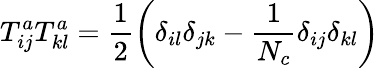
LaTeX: T_{ij}^{a}T_{kl}^{a}=\frac{1}{2}\left(\delta_{il}\delta_{jk}-\frac{1}{N_{c}}\delta_{ij}\delta_{kl}\right)\,